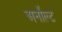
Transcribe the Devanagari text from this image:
अर्नोल्ट